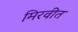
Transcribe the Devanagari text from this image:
मिरवीत